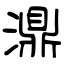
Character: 濎